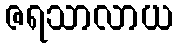
ဇရသာလာယ